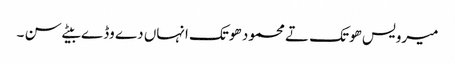
میرویس ھوتک تے محمود ھوتک انہاں دے وڈے بیٹے سن ۔